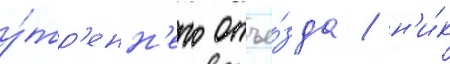
у́тр'енн'его отъе́зда / н'и́к